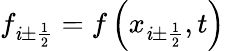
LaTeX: f_{\mathit{i}\pm{\frac{{1}}{{2}}}}=f\left(x_{\mathit{i}\pm{\frac{{1}}{{2}}}},t\right)